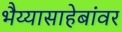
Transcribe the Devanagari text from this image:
भैय्यासाहेबांवर